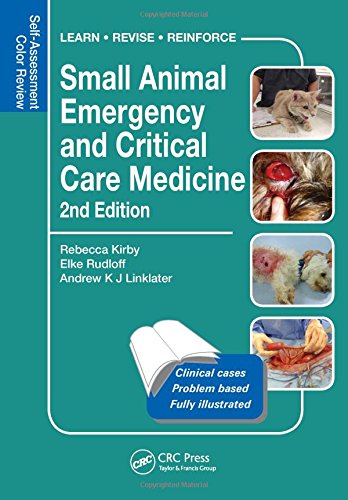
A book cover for Small Animal Emergency and Critical Care Medicine: Self-Assessment Color Review, Second Edition (Veterinary Self-Assessment Color Review Series); Rebecca Kirby; Medical Books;